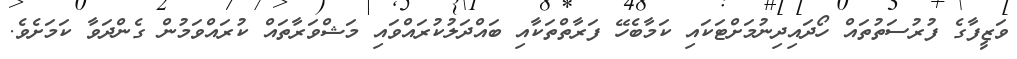
ވަޒީފާގެ ފުރުސަތުތައް ހޯދައިދިނުމަށްޓަކައި ކަމާބެހޭ ފަރާތްތަކާއި ބައްދަލުކުރައްވައި މަޝްވަރާތައް ކުރައްވަމުން ގެންދަވާ ކަމަށެވެ.